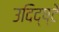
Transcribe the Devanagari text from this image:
उदिद्ष्टे